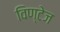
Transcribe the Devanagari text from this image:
विण्टेज